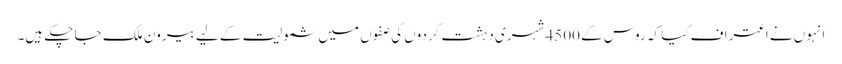
انہوں نے اعتراف کیا کہ روس کے 4500 شہری دہشت گردوں کی صفوں میں شمولیت کے لیے بیرون ملک جا چکے ہیں۔